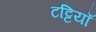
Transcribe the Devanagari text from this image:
टट्टियाँ